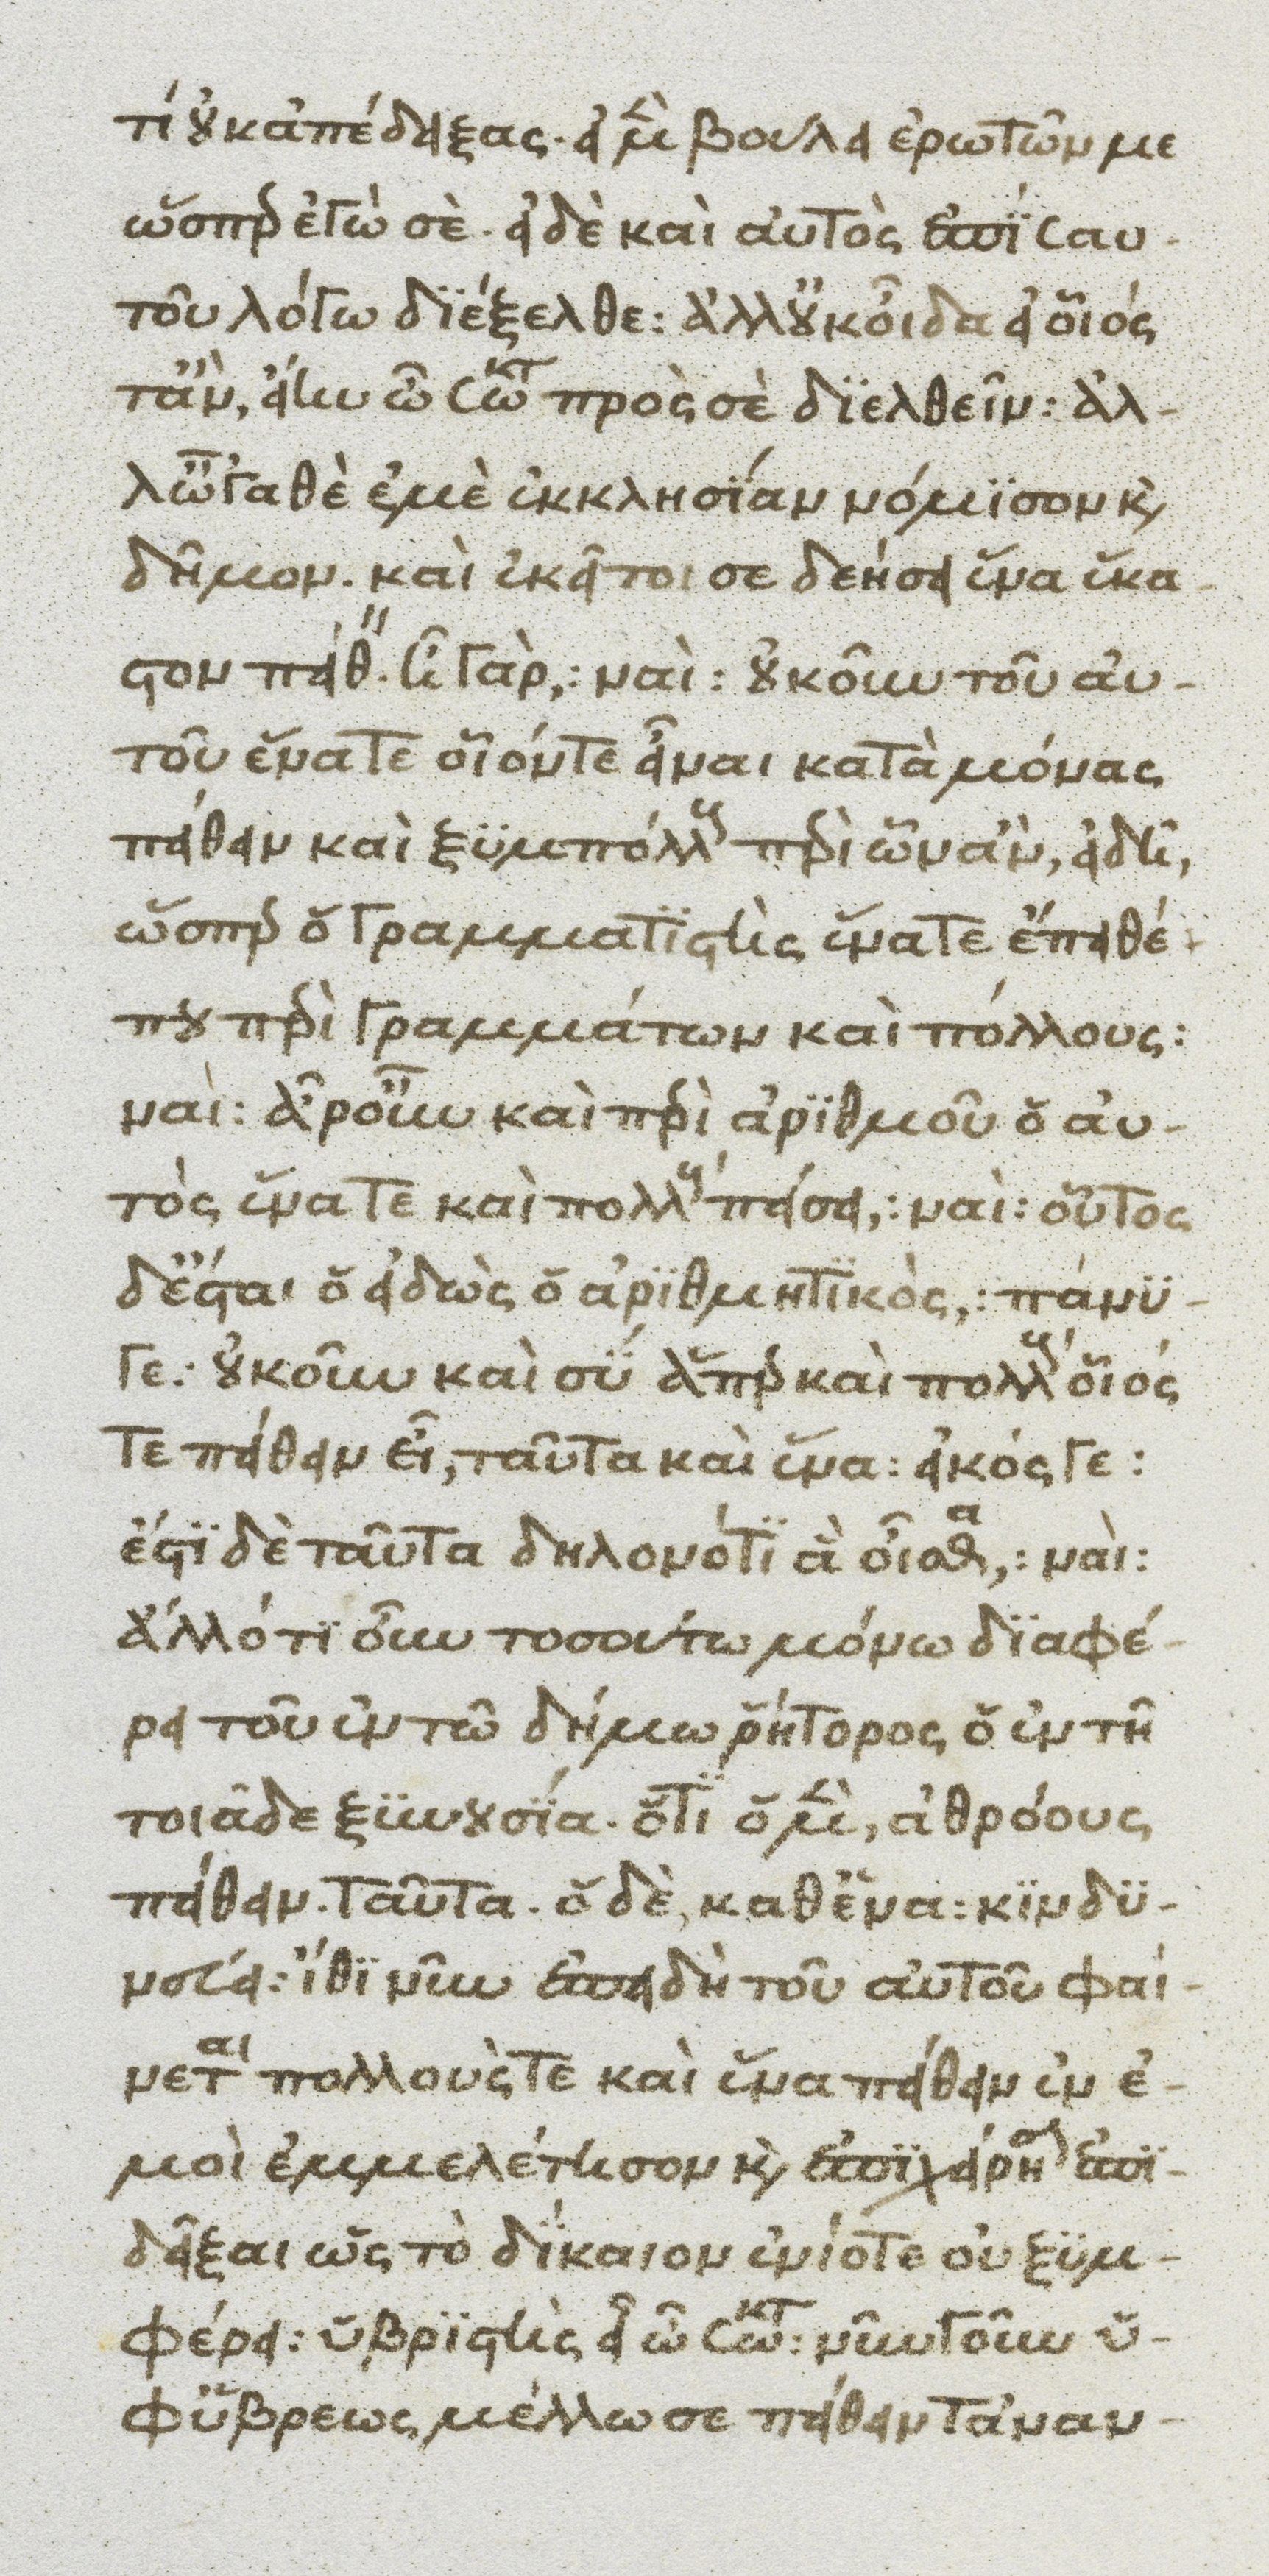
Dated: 1370–1430